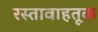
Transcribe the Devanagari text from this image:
रस्तावाहतूक